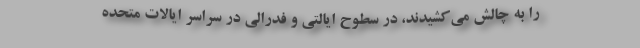
را به چالش می‌کشیدند، در سطوح ایالتی و فدرالی در سراسر ایالات متحده